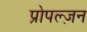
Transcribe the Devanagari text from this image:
प्रोपल्ज़न